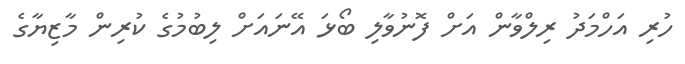
ހުރި އަހްމަދު ރިލްވާން އަށް ފޮނުވާލި ބޯޅަ އޭނައަށް ލިބުމުގެ ކުރިން މާޒިޔާގެ